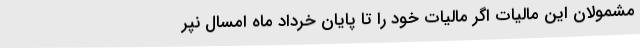
مشمولان این مالیات اگر مالیات خود را تا پایان خرداد ماه امسال نپر